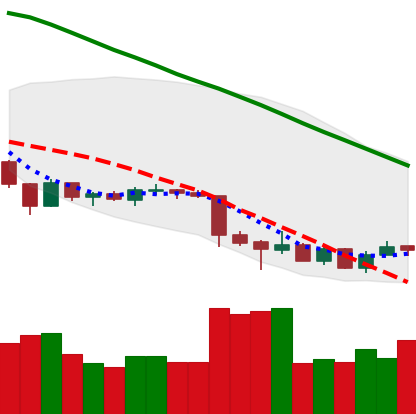
Ticker: LTC-USD
Chart end date: 2018-07-01
Forward return: 3.907%
Label: up_3_5